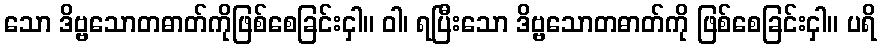
သော ဒိဗ္ဗသောတဓာတ်ကိုဖြစ်စေခြင်းငှါ။ ဝါ၊ ရပြီးသော ဒိဗ္ဗသောတဓာတ်ကို ဖြစ်စေခြင်းငှါ။ ပရိ